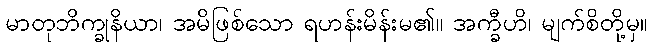
မာတုဘိက္ခုနိယာ၊ အမိဖြစ်သော ရဟန်းမိန်းမ၏။ အက္ခီဟိ၊ မျက်စိတို့မှ။